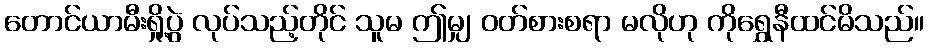
တောင်ယာမီးရှို့ပွဲ လုပ်သည့်တိုင် သူမ ဤမျှ ဝတ်စားစရာ မလိုဟု ကိုရွှေနီထင်မိသည်။